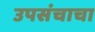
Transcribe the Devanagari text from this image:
उपसंचाचा